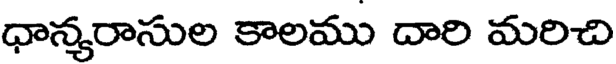
ధాన్యరాసుల కాలము దారి మరిచి